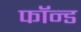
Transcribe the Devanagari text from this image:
फॉन्ड